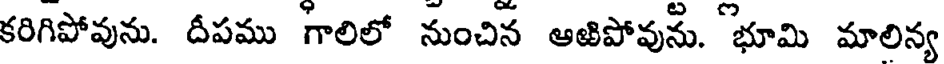
కరిగిపోవును. దీపము గాలిలో నుంచిన ఆఱిపోవును. భూమి మాలిన్య